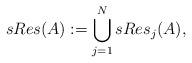
LaTeX: \begin{align*}sRes(A) := \bigcup_{j=1}^N sRes_j(A),\end{align*}